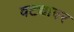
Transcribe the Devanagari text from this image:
वट्यावर